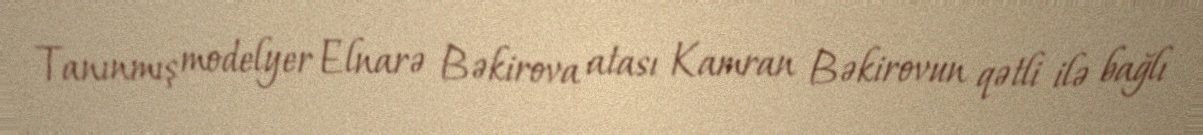
Tanınmış modelyer Elnarə Bəkirova atası Kamran Bəkirovun qətli ilə bağlı